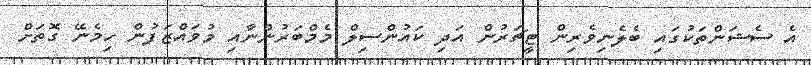
އެ ސެޝަންތަކުގައި ބެލެނިވެރިން ޓީޗަރުން އަދި ކައުންސިލް މެމްބަރުންނާއި މުވައްޒަފުން ހިމެނޭ ގޮތަށް